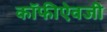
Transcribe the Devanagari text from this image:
कॉफीऐवजी